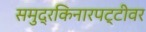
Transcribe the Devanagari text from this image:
समुद्रकिनारपट्टीवर